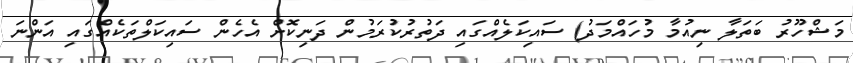
މަޝްހޫރު ބަތަލާ ނިއުމާ މުހައްމަދު) ސައިކަލެއްގައި ދަތުރުކުރަމުން ދަނިކޮށް އެހެން ސައިކަލްތަކެއްގައި އަންނަ